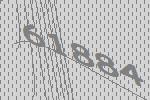
61884